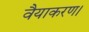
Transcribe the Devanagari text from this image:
वैयाकरण।